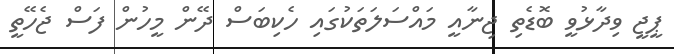
ޕީޖީ ވިދާޅުވީ ބޮޑެތި ޖިނާއީ މައްސަލަތަކުގައި ހެކިބަސް ދޭން މީހުން ފަސް ޖެހޭތީ